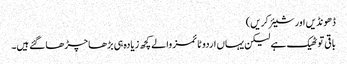
ڈھونڈیں اور شیئر کریں)
باقی تو ٹھیک ہے لیکن یہاں اردو ٹائمز والے کچھ زیادہ ہی بڑھا چڑھا گئے ہیں۔